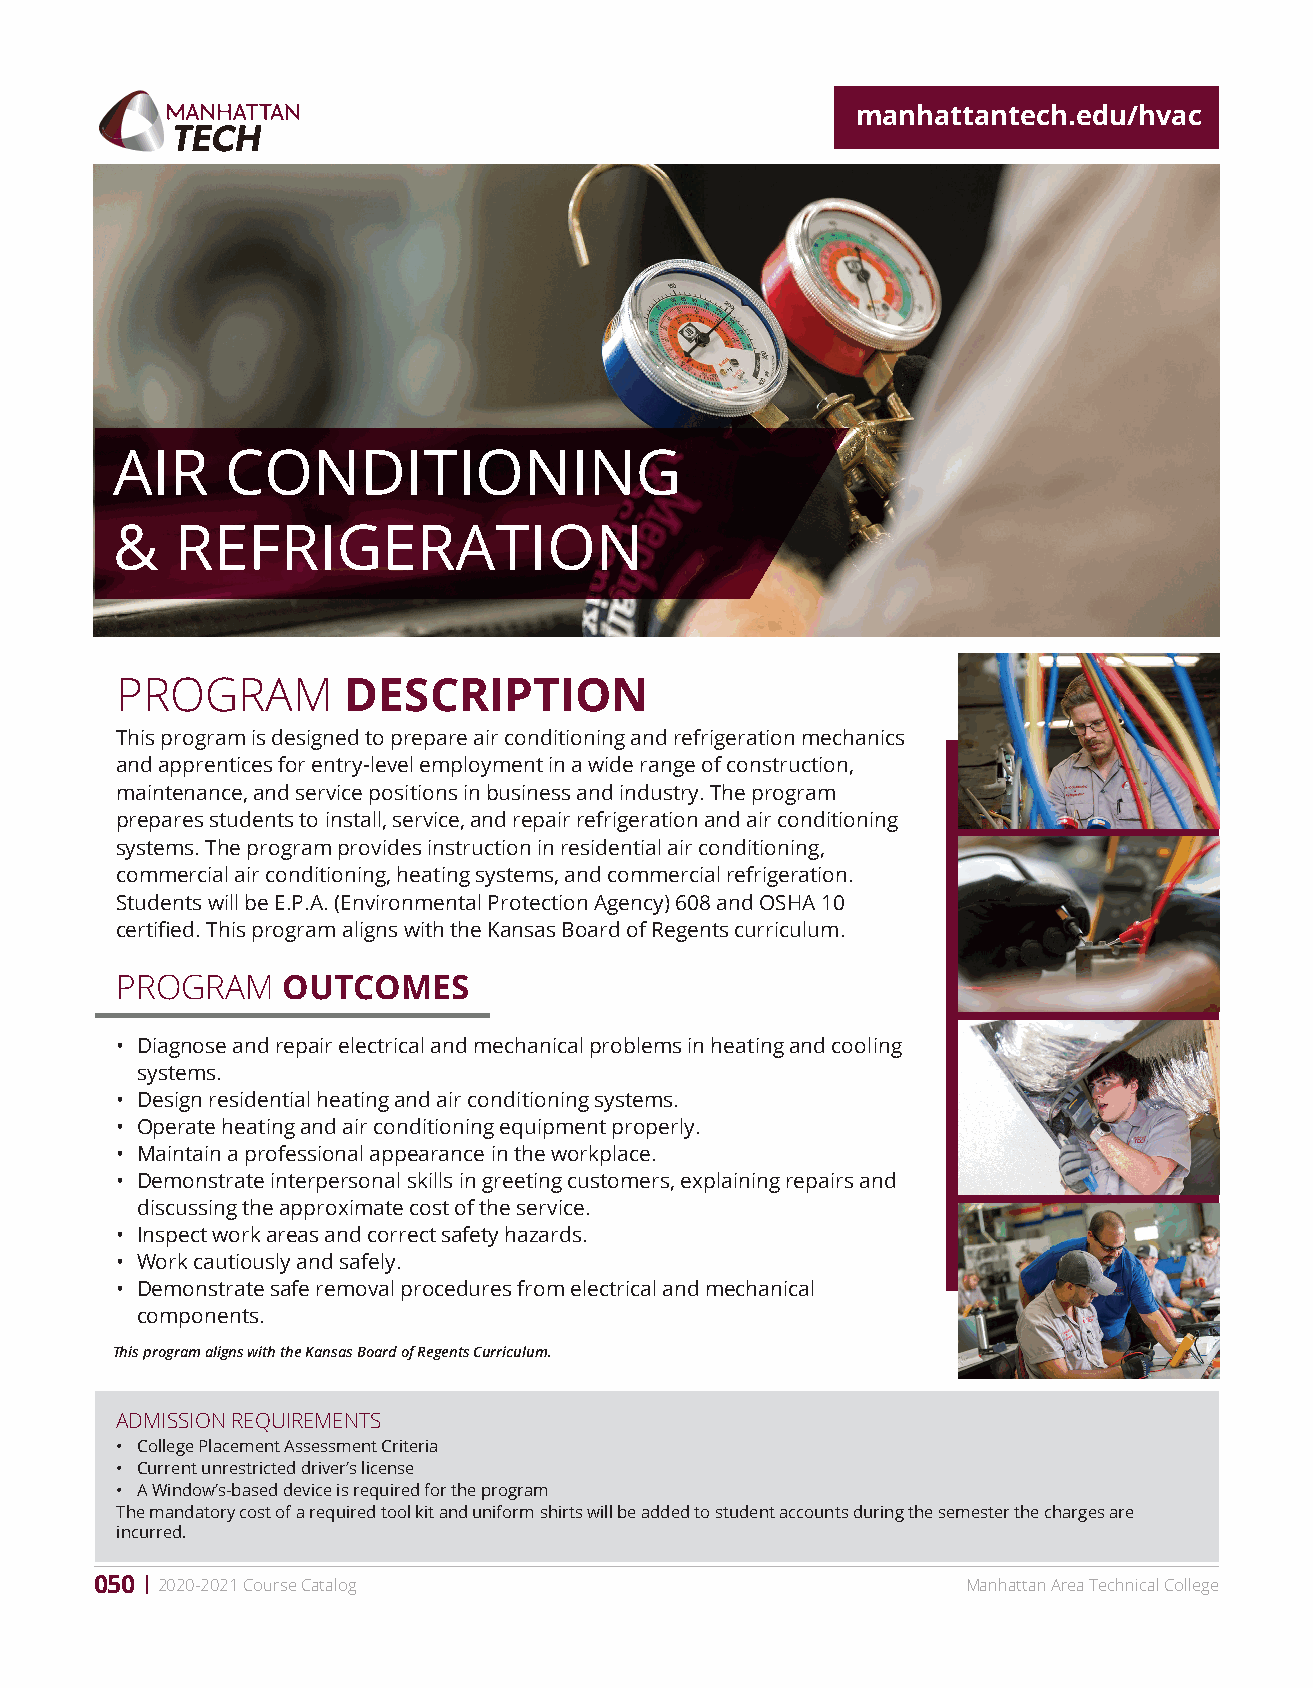
manhattantech.edu/hvac
 AIR     CONDITIONING
 &    REFRIGERATION
 PROGRAM        DESCRIPTION
 This program is designed to prepare air conditioning and refrigeration mechanics
 and apprentices for entry-level employment in a wide range of construction,
 maintenance, and service positions in business and industry. The program
 prepares students to install, service, and repair refrigeration and air conditioning
 systems. The program provides instruction in residential air conditioning,
 commercial air conditioning, heating systems, and commercial refrigeration.
 Students will be E.P.A. (Environmental Protection Agency) 608 and OSHA 10
 certified. This program aligns with the Kansas Board of Regents curriculum.
 PROGRAM    OUTCOMES
 • Diagnose and repair electrical and mechanical problems in heating and cooling
 systems.
 • Design residential heating and air conditioning systems.
 • Operate heating and air conditioning equipment properly.
 • Maintain a professional appearance in the workplace.
 • Demonstrate interpersonal skills in greeting customers, explaining repairs and
 discussing the approximate cost of the service.
 • Inspect work areas and correct safety hazards.
 • Work cautiously and safely.
 • Demonstrate safe removal procedures from electrical and mechanical
 components.
 This program aligns with the Kansas Board of Regents Curriculum.
 ADMISSION REQUIREMENTS
 • College Placement Assessment Criteria
 • Current unrestricted driver’s license
 • A Window’s-based device is required for the program
 The mandatory cost of a required tool kit and uniform shirts will be added to student accounts during the semester the charges are
 incurred.
 050 2020-2021 Course Catalog                              Manhattan Area Technical College